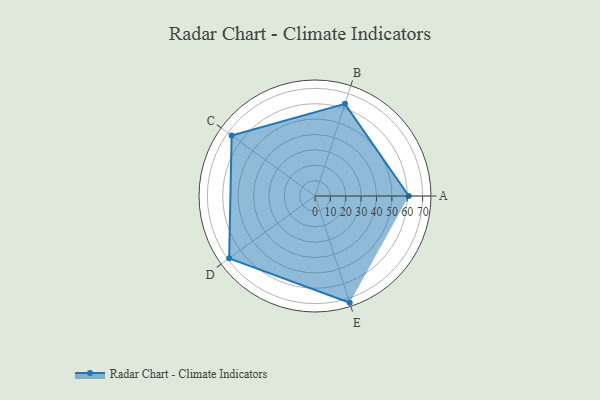
{"axis": {"x": "Skill", "y": "Score"}, "legend": ["Profile"], "data": [{"x": "A", "y": 61.0, "type": "Profile"}, {"x": "B", "y": 63.0, "type": "Profile"}, {"x": "C", "y": 67.0, "type": "Profile"}, {"x": "D", "y": 69.0, "type": "Profile"}, {"x": "E", "y": 73.0, "type": "Profile"}]}